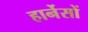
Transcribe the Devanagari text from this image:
हार्नेसों